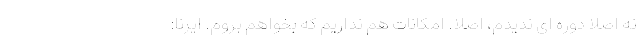
نه اصلا دوره ای ندیدم، اصلا. امکانات هم نداریم که بخواهم بروم. ایرنا: